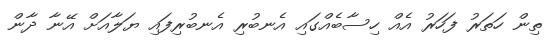
ތިން ހަތަރު ފަހަރު އެއް ހިސާބެއްގައި އެނބުރި އެނބުރިފައި ޔަލާއަށް އޭނާ ދާން